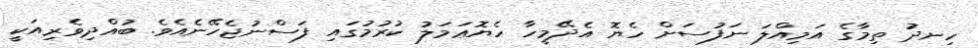
ހިނދު ތިމާގެ އަމިއްލަ ނަފުސަށް ހެޔޮ އެދޭމީހާ ހެޔޮޢަމަލު ކުރުމުގައި ފަސްނުޖެހޭނެއެވެ. ބުއްދިވެރިއަކީ